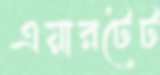
এয়ারটেট